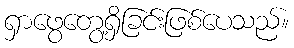
ရှာဖွေတွေ့ရှိခြင်းဖြစ်ပေသည်။